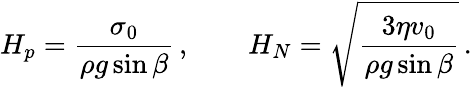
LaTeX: H_{p}=\frac{\sigma_{0}}{\rho g\sin\beta}\, ,\quad\quad H_{N}=\sqrt{\frac{3\eta v_{0}}{\rho g\sin\beta}}\, .